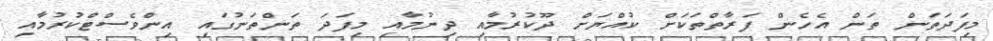
މިފަދަތަން ތަން އެހެން ފަރާތްްތަކަށް ކުއްޔަށް ދޫކުރުމާއި ދިނުމާއި މިފަދަ ތަންތަނުގައި އިންވެސްޓްކުރުމާއި